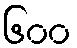
၆၀၀